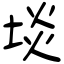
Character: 埮